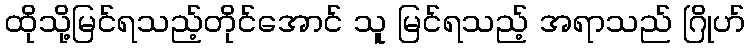
ထိုသို့မြင်ရသည့်တိုင်အောင် သူ မြင်ရသည့် အရာသည် ဂြိုဟ်